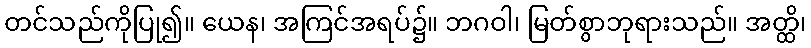
တင်သည်ကိုပြု၍။ ယေန၊ အကြင်အရပ်၌။ ဘဂဝါ၊ မြတ်စွာဘုရားသည်။ အတ္ထိ၊